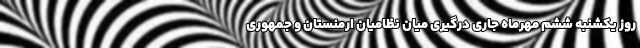
روز یکشنبه ششم مهرماه جاری درگیری میان نظامیان ارمنستان و جمهوری